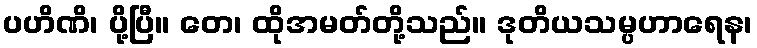
ပဟိဏိ၊ ပို့ပြီ။ တေ၊ ထိုအမတ်တို့သည်။ ဒုတိယသမ္ပဟာရေန၊